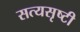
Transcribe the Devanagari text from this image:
सत्यसृष्टी